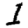
Digit: 1